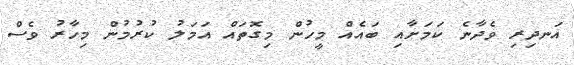
އަނދިރި ވެދާނެ ކަމަށާއި ބައެއް މީހުން މިގޮތައް އަމަލު ކުރުމުން މިހާރު ވެސް